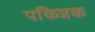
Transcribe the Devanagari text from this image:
पकिन्नक